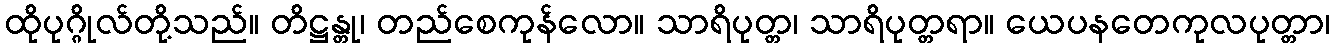
ထိုပုဂ္ဂိုလ်တို့သည်။ တိဋ္ဌန္တု၊ တည်စေကုန်လော။ သာရိပုတ္တ၊ သာရိပုတ္တရာ။ ယေပနတေကုလပုတ္တာ၊